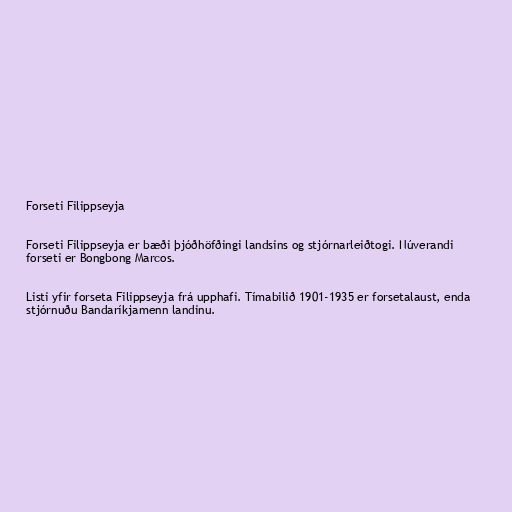
Forseti Filippseyja

Forseti Filippseyja er bæði þjóðhöfðingi landsins og stjórnarleiðtogi. Núverandi
forseti er Bongbong Marcos.

Listi yfir forseta Filippseyja frá upphafi. Tímabilið 1901-1935 er forsetalaust, enda
stjórnuðu Bandaríkjamenn landinu.